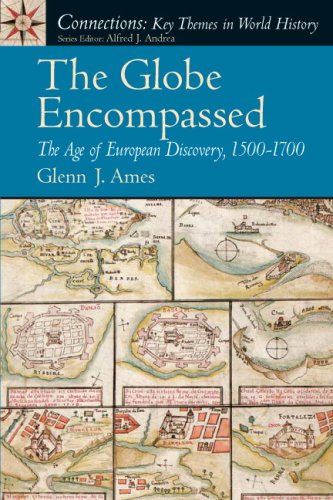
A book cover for The Globe Encompassed: The Age of European Discovery (1500 to 1700); Glenn J. Ames; History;